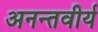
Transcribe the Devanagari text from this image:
अनन्तवीर्य